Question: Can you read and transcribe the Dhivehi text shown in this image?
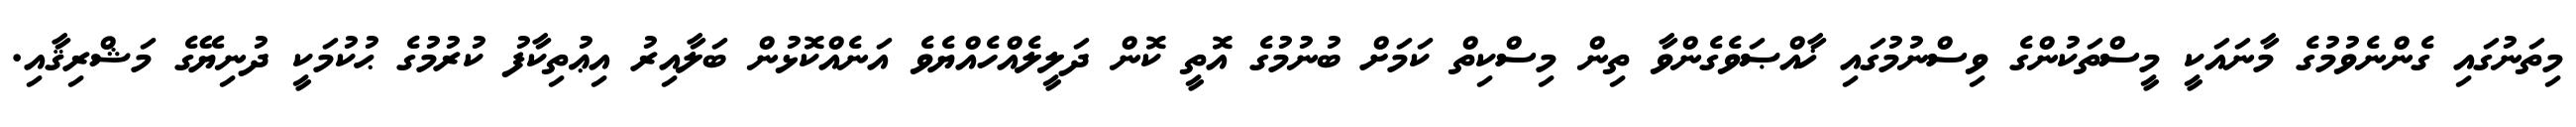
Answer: މިތަނުގައި ގެންނެވުމުގެ މާނައަކީ މީސްތަކުންގެ ވިސްނުމުގައި ޚާއްޞަވެގެންވާ ތިން މިސްކިތް ކަމަށް ބުނުމުގެ އޮތީ ކޮން ދަލީލެއްހެއްޔެވެ އަނެއްކޮޅުން ބަލާއިރު އިޢުތިކާފު ކުރުމުގެ ޙުކުމަކީ ދުނިޔޭގެ މަޝްރިޤާއި.